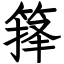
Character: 箨